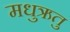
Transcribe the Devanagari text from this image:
मधुऋतु